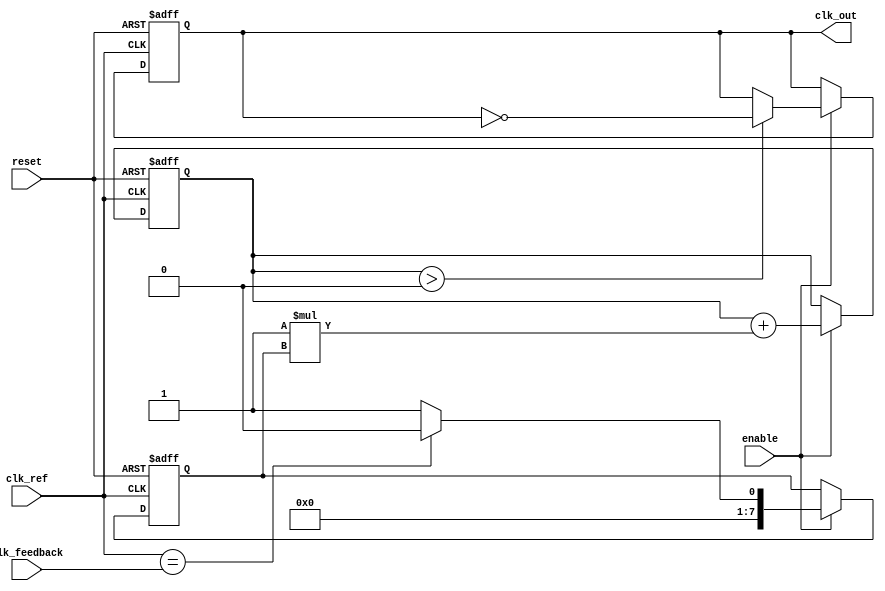
module ADPLL (
    input wire clk_ref,          // Reference clock
    input wire clk_feedback,     // Feedback clock from VCO
    input wire reset,            // Asynchronous reset
    input wire enable,           // Enable signal for the ADPLL
    output wire clk_out          // Output clock
);

// Parameters
parameter PHASE_RESOLUTION = 8;   // Resolution of phase error
parameter FILTER_COEFF = 8'h1;     // Coefficient for digital loop filter

// Internal signals
reg [PHASE_RESOLUTION-1:0] phase_error;  // Phase error signal
reg [PHASE_RESOLUTION-1:0] control_signal; // Control signal for VCO
reg vco_output;                       // Output of the VCO
reg [PHASE_RESOLUTION-1:0] memory_block [0:255]; // Memory for phase info and control params
reg [7:0] mem_addr;                   // Memory address pointer

// Phase Detector
always @(posedge clk_ref or posedge reset) begin
    if (reset) begin
        phase_error <= 0;
    end else if (enable) begin
        // Sample phase_error based on edge detection 
        phase_error <= (clk_ref == clk_feedback) ? 0 : 1; // Simplified phase error logic
    end
end

// Digital Loop Filter
always @(posedge clk_ref or posedge reset) begin
    if (reset) begin
        control_signal <= 0;
    end else if (enable) begin
        // Simple first-order filter
        control_signal <= control_signal + (FILTER_COEFF * phase_error);
    end
end

// Voltage-Controlled Oscillator (VCO)
always @(posedge clk_ref or posedge reset) begin
    if (reset) begin
        vco_output <= 0;
    end else if (enable) begin
        // Simplified VCO behavior - control frequency with control_signal
        if (control_signal > 0) begin
            vco_output <= ~vco_output; // Toggle output based on control signal
        end
    end
end

// Feedback Mechanism (Feedback path)
assign clk_out = vco_output;

// Memory Block Interface
always @(posedge clk_ref or posedge reset) begin
    if (reset) begin
        mem_addr <= 0; // Reset memory address
    end else if (enable) begin
        // Example: Store phase error in memory on every reference clock
        memory_block[mem_addr] <= phase_error;
        if (mem_addr < 255) begin
            mem_addr <= mem_addr + 1; // Increment address
        end else begin
            mem_addr <= 0; // Wrap around
        end
    end
end

endmodule